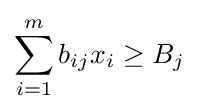
\sum _{i=1}^{m}b_{ij}x_{i}\geq B_{j}